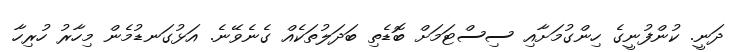
ދަނީ. ކުންފުނީގެ ހިންގުމަށާއި ސިސްޓަމަށް ބޮޑެތި ބަދަލުތަކެއް ގެނެވޭނެ. އަޅުގަނޑުމެން މިހާރު ހުރިހާ